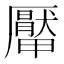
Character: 厴